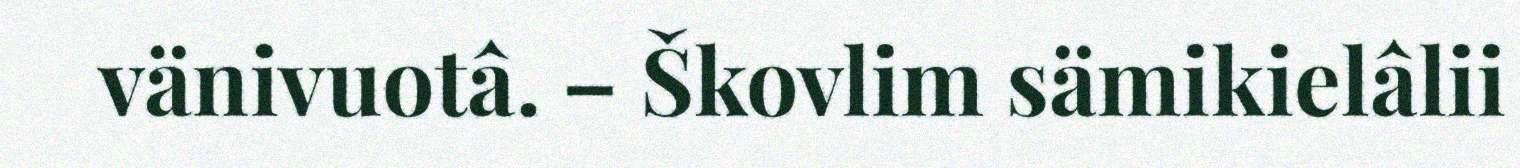
vänivuotâ. – Škovlim sämikielâlii